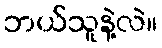
ဘယ်သူနဲ့လဲ။